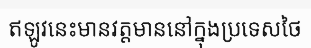
ឥឡូវនេះមានវត្តមាននៅក្នុងប្រទេសថៃ